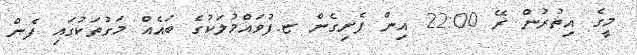
މީގެ އިތުރުން ރޭ 22:00 އިން ފެށިގެން ޏ.ފުވައްމުލަކުގެ ބައެއް މަގުތަކުގައި ފެން